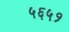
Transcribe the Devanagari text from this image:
५६५१